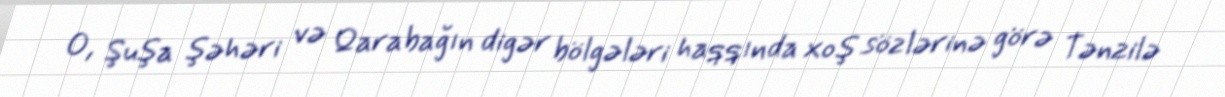
O, Şuşa şəhəri və Qarabağın digər bölgələri haqqında xoş sözlərinə görə Tənzilə